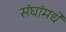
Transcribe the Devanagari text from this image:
संघांमधे